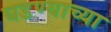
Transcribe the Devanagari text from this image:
घडण्याच्या